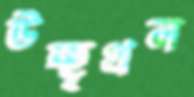
উচ্ছৃখল